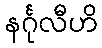
နင်္ဂုလီဟိ